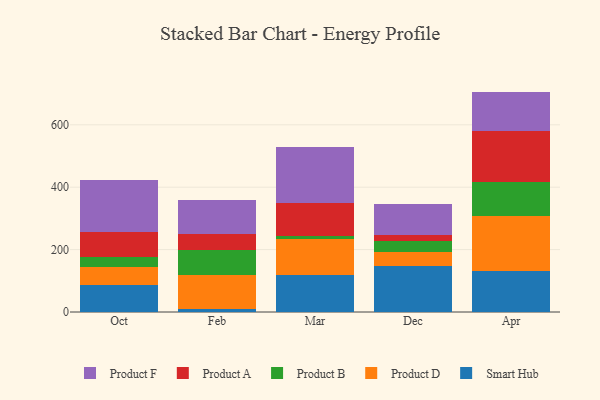
{"axis": {"x": "Month", "y": "Conversion Rate (%)"}, "legend": ["Product A", "Product B", "Product D", "Product F", "Smart Hub"], "data": [{"x": "Oct", "y": 87.4, "type": "Smart Hub"}, {"x": "Oct", "y": 56.8, "type": "Product D"}, {"x": "Oct", "y": 30.5, "type": "Product B"}, {"x": "Oct", "y": 81.7, "type": "Product A"}, {"x": "Oct", "y": 165.3, "type": "Product F"}, {"x": "Feb", "y": 10.5, "type": "Smart Hub"}, {"x": "Feb", "y": 107.6, "type": "Product D"}, {"x": "Feb", "y": 79.7, "type": "Product B"}, {"x": "Feb", "y": 51.0, "type": "Product A"}, {"x": "Feb", "y": 110.1, "type": "Product F"}, {"x": "Mar", "y": 118.1, "type": "Smart Hub"}, {"x": "Mar", "y": 117.1, "type": "Product D"}, {"x": "Mar", "y": 8.6, "type": "Product B"}, {"x": "Mar", "y": 106.4, "type": "Product A"}, {"x": "Mar", "y": 177.5, "type": "Product F"}, {"x": "Dec", "y": 146.9, "type": "Smart Hub"}, {"x": "Dec", "y": 46.9, "type": "Product D"}, {"x": "Dec", "y": 34.6, "type": "Product B"}, {"x": "Dec", "y": 18.6, "type": "Product A"}, {"x": "Dec", "y": 99.9, "type": "Product F"}, {"x": "Apr", "y": 132.8, "type": "Smart Hub"}, {"x": "Apr", "y": 176.0, "type": "Product D"}, {"x": "Apr", "y": 108.7, "type": "Product B"}, {"x": "Apr", "y": 164.2, "type": "Product A"}, {"x": "Apr", "y": 124.7, "type": "Product F"}]}